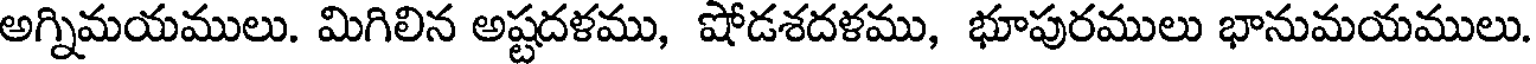
అగ్నిమయములు. మిగిలిన అష్టదళము, షోడశదళము, భూపురములు భానుమయములు.